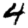
Digit: 4